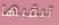
تبقيها